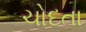
ચોદતા